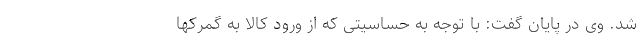
شد. وی در پایان گفت: با توجه به حساسیتی که از ورود کالا به گمرکها